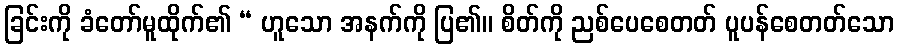
ခြင်းကို ခံတော်မူထိုက်၏ “ ဟူသော အနက်ကို ပြ၏။ စိတ်ကို ညစ်ပေစေတတ် ပူပန်စေတတ်သော